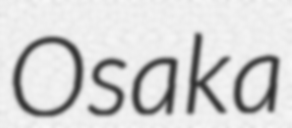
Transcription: Osaka